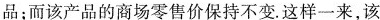
品；而该产品的商场零售价保持不变。这样一来，该